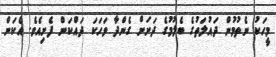
މީހަކު ނެތުމުން ދައުލަތުގެ ބެލުމުގެ ދަށަށް ގެންދާ ވަހަކަ ދައްކަން ފެށިއެވެ. އެކަން